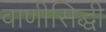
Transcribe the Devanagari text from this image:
वाणीसिद्धी